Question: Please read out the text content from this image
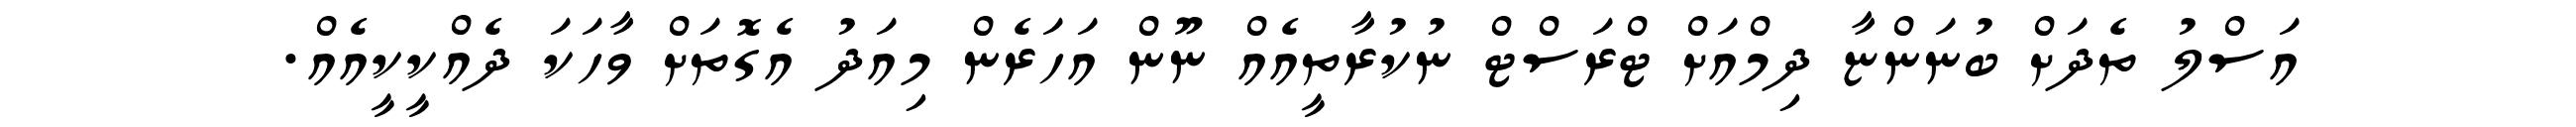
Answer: އަސްލު ތެދަށް ބުނަންޏާ ދިމްއަށް ޓްރަސްޓް ނުކުރާތީއެއް ނޫން އަހަރެން މިއަދު އެގޮތަށް ވާހަކަ ދެއްކީކީއެއް.